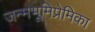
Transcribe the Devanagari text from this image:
जन्मभूमिप्रेमिका